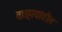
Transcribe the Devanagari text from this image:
वाङ्‍मयांतील